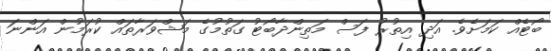
ބޯޓެއް ކަމަށެވެ. އަދި އިތުރު ފަސް މަތިންދާބޯޓު ގަތުމުގެ މަޝްވަރާތައް ކުރަމުން އަންނަ